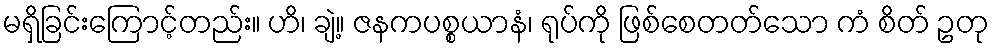
မရှိခြင်းကြောင့်တည်း။ ဟိ၊ ချဲ့။ ဇနကပစ္စယာနံ၊ ရုပ်ကို ဖြစ်စေတတ်သော ကံ စိတ် ဥတု